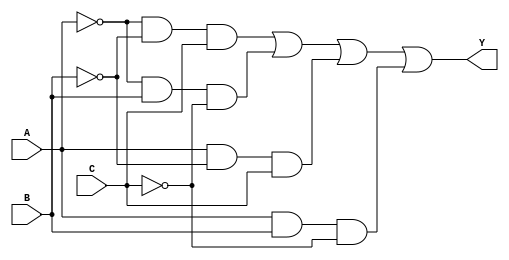
module combinational_logic_block (
    input wire A, // Input variable A
    input wire B, // Input variable B
    input wire C, // Input variable C
    output wire Y // Output Y
);

// Internal signals for prime implicants
wire p1, p2, p3, p4;

// Prime implicants based on the minterms
// For minterms 1 (001), 2 (010), 5 (101), 6 (110)
// p1 = A'B'C (minterm 1)
// p2 = A'BC' (minterm 2)
// p3 = AB'C (minterm 5)
// p4 = ABC' (minterm 6)

// Generate prime implicants
assign p1 = ~A & ~B & C; // A'B'C
assign p2 = ~A & B & ~C; // A'BC'
assign p3 = A & ~B & C;  // AB'C
assign p4 = A & B & ~C;   // ABC'

// Identify essential prime implicants
// In this case, we can directly combine the essential prime implicants
// The essential prime implicants for the given minterms are p1, p2, and p3
assign Y = p1 | p2 | p3 | p4; // Combine essential prime implicants

endmodule